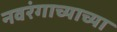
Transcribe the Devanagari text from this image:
नवरंगाच्याच्या